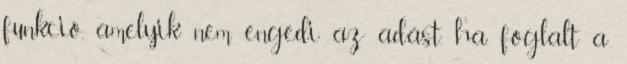
funkció, amelyik nem engedi az adást, ha foglalt a